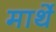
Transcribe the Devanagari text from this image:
मार्थे